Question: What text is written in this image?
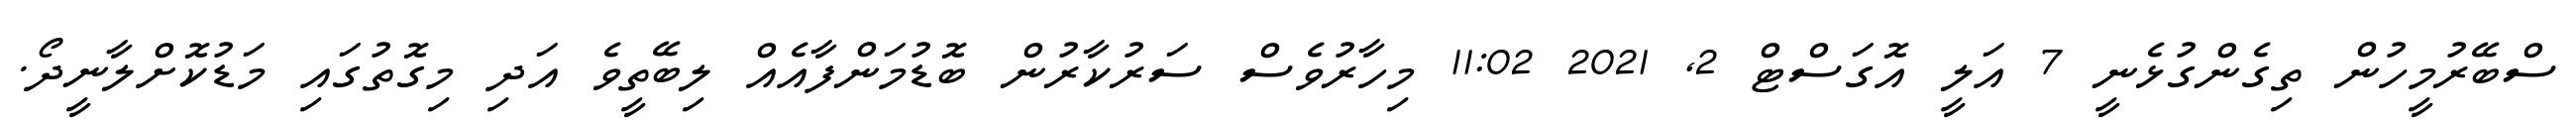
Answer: ސްބޭރުމީހުން ތިގެންގުޅެނީ 7 އަލީ އޮގަސްޓް 2, 2021 11:02 މިހާރުވެސް ސަރުކާރުން ބޮޑުމަންފާއެއް ލިބޭތީވެ އަދި މިގޮތުގައި މަޑުކޮށްލާނީދޯ.